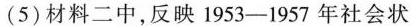
(5)材料二中，反映1953-1957年社会状